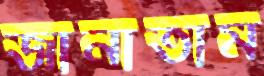
জানাতাম